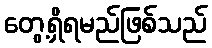
တွေ့ရှိရမည်ဖြစ်သည်